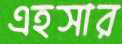
এহসার